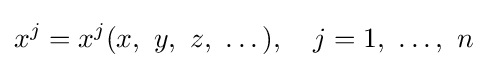
x^{j}=x^{j}(x,\ y,\ z,\ \dots ),\quad j=1,\ \dots ,\ n